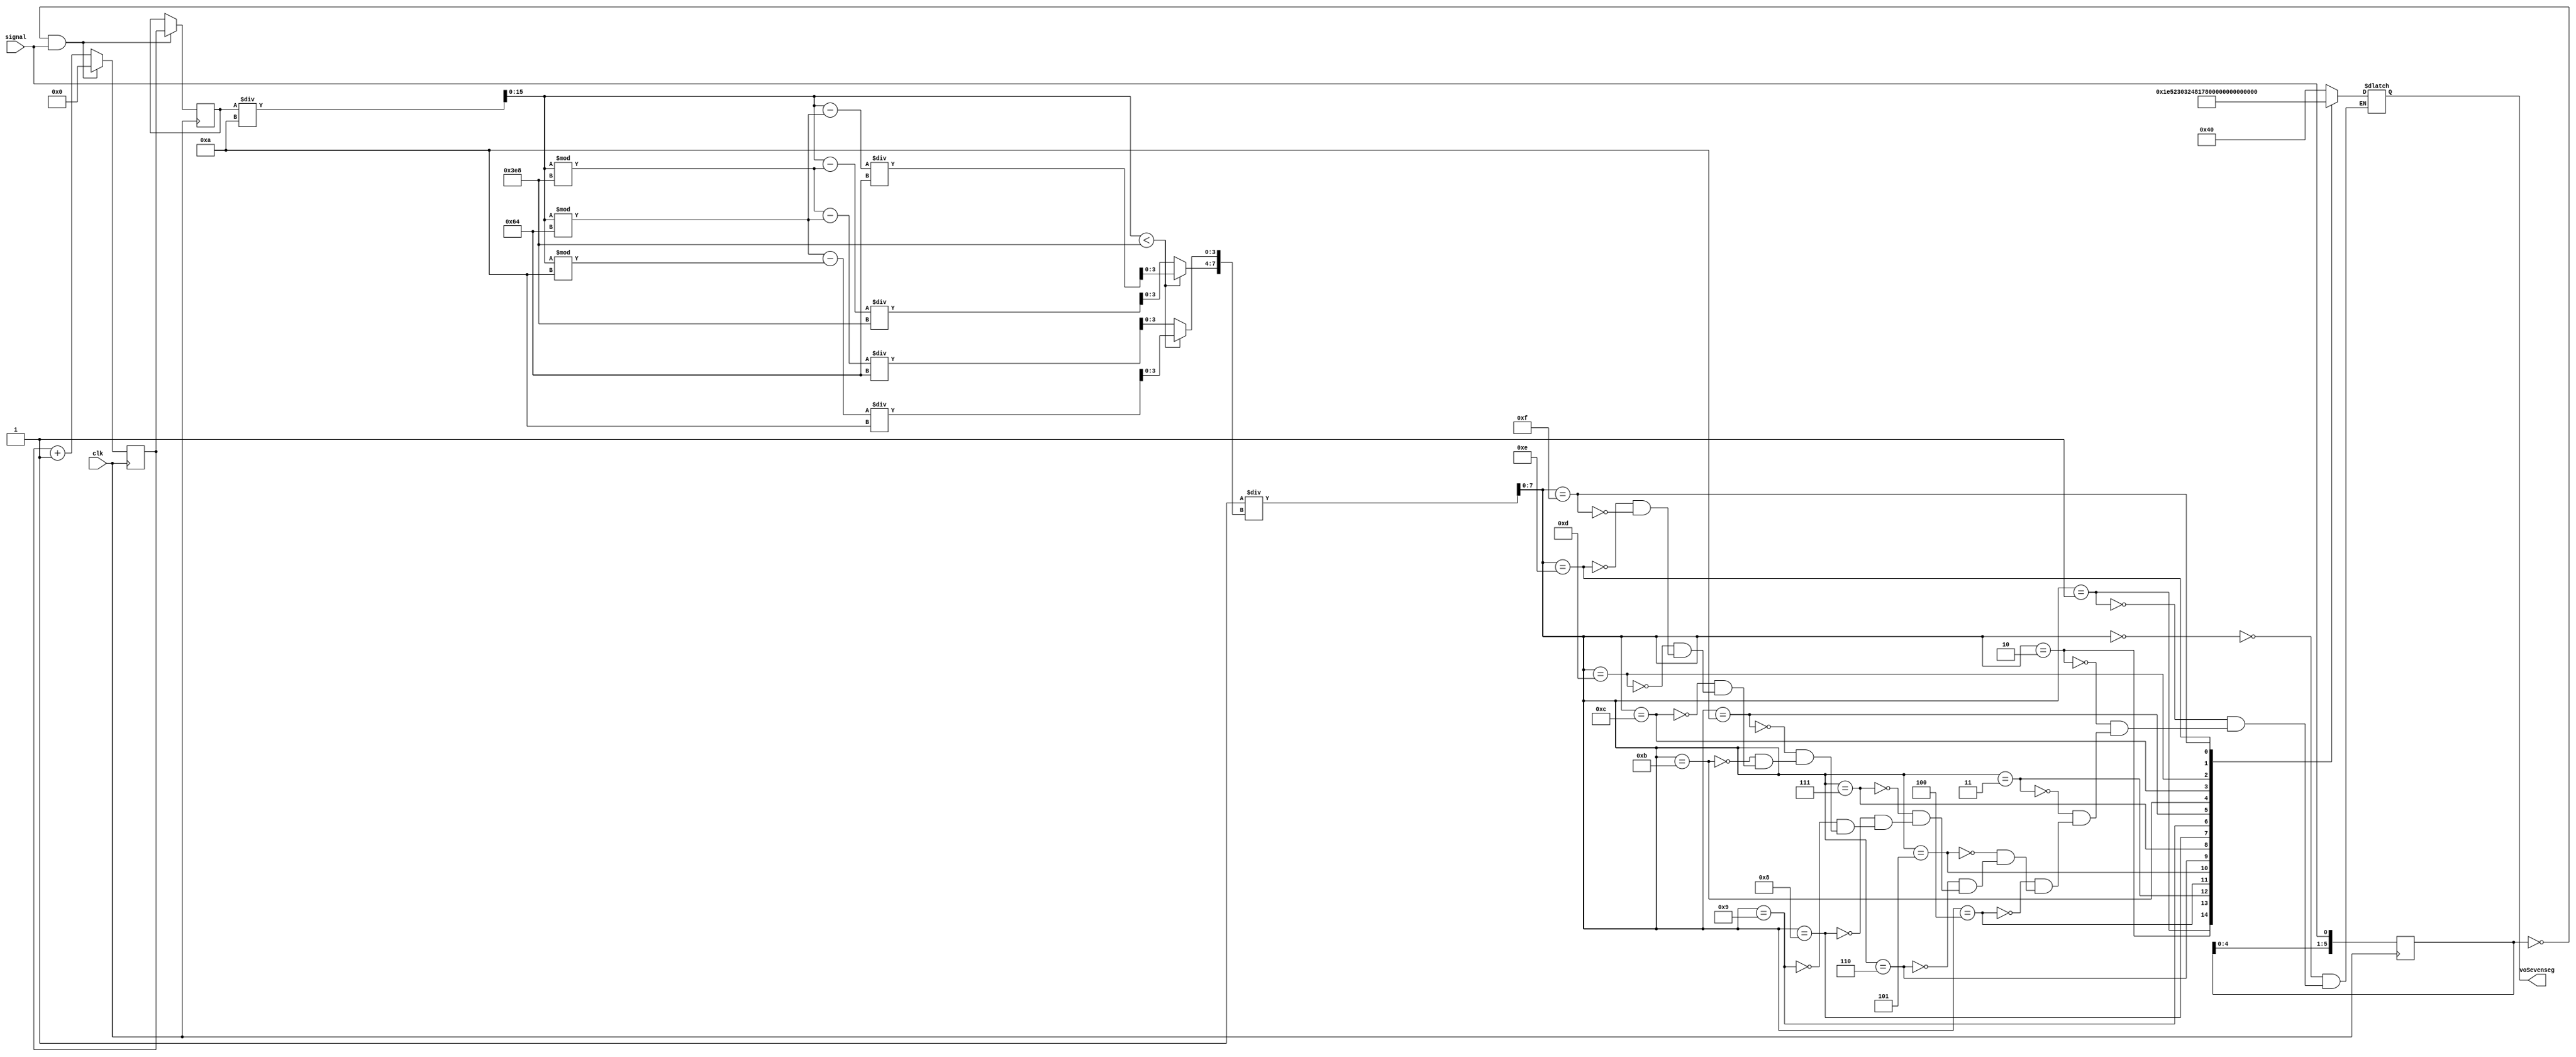
module freqMeter (
  input clk,                       							    //Reloj FPGA a 50MHz
  input signal,                     							
  // input [3:0] vSw;
  output [6:0] voSevenseg
  );

  assign voSevenseg = vSevenseg;
  reg [6:0] vSevenseg;
  //reg [7:0] vSw;      
  
  reg [13:0]counter = 1'd0;             						 // contador posEdge
  reg [13:0]counted = 14'd10000;         						 //Últimos posEdges contados

  reg [15:0] period = 16'd1000;          						 //Periodo calculaden microsegundos
  reg isLowPeriod   = 0;             							 //Verdadero si el período <1000

  reg [7:0] x;                       							 //BCD
  reg [7:0] y;															 // recalculacion de la frecuencia
  reg [5:0]signalPast = 6'b010101;  							 //señaliza los últimos 6 valores

  //assign vSw = 1/x;											    //freceuncia 
  
  // cuaerpo del codigo 
  always @(posedge clk) 
  begin

    // counter logico
    if (signalPast == 6'b000000 && signal == 1)
	 begin     															 //if input signal is at posEdge
      counted = counter;                                  //save counter value
      counter <= 0;                                       //reset counter
    end 
	 else 
	 begin                                      
      counter <= counter + 1;                             //count
    end
    
    //Almacenamiento de los últimos 6 valores de la señal
    signalPast = signalPast << 1;
    signalPast[0] = signal;
    
  end

  
  //Period Compu
  always @(counted) begin
    period = counted / 10;
    isLowPeriod = period < 1000;
  
  end
  
  
  //BCD Compu
  always @(period) begin
  
    if (isLowPeriod) begin
                                                    
      x[7:4] <= (period - period % 100)/100;
      x[3:0] <= (period % 100 - period % 10 )/10 ;
    end 
	/* else if 
	 begin
		x[7:4] <= (period - period % 10)/10; 
      x[3:0] <= (period % 10 - period % 1 )/1 ;
	 end*/
	 else begin
                                                    
      x[7:4] <= (period - period % 1000)/1000;
      x[3:0] <= (period % 1000 - period % 100 )/100 ;
    end
	 y=1/x;
	end
	
	always @*
	begin
		case (y)
		4'h0: vSevenseg = 7'b1000000;
		4'h1: vSevenseg = 7'b1111001;
		4'h2: vSevenseg = 7'b0100100;
		4'h3: vSevenseg = 7'b0110000;
		4'h4: vSevenseg = 7'b0011001;
		4'h5: vSevenseg = 7'b0010010;
		4'h6: vSevenseg = 7'b0000010;
		4'h7: vSevenseg = 7'b1111000;
		4'h8: vSevenseg = 7'b0000000;
		4'h9: vSevenseg = 7'b0010000;
		4'hA: vSevenseg = 7'b0001000;
		4'hB: vSevenseg = 7'b0000011;
		4'hC: vSevenseg = 7'b1000110;
		4'hD: vSevenseg = 7'b0100001;
		4'hE: vSevenseg = 7'b0000110;
		4'hF: vSevenseg = 7'b0001110;

		endcase
  end

endmodule